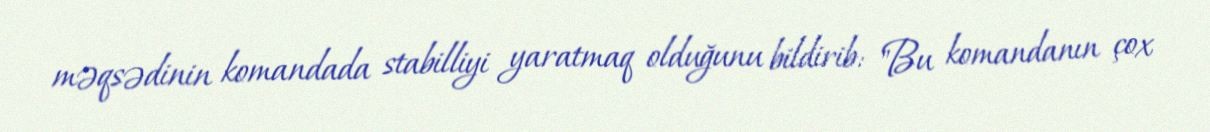
məqsədinin komandada stabilliyi yaratmaq olduğunu bildirib: "Bu komandanın çox